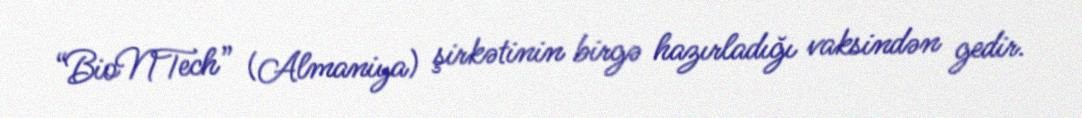
“BioNTech” (Almaniya) şirkətinin birgə hazırladığı vaksindən gedir.